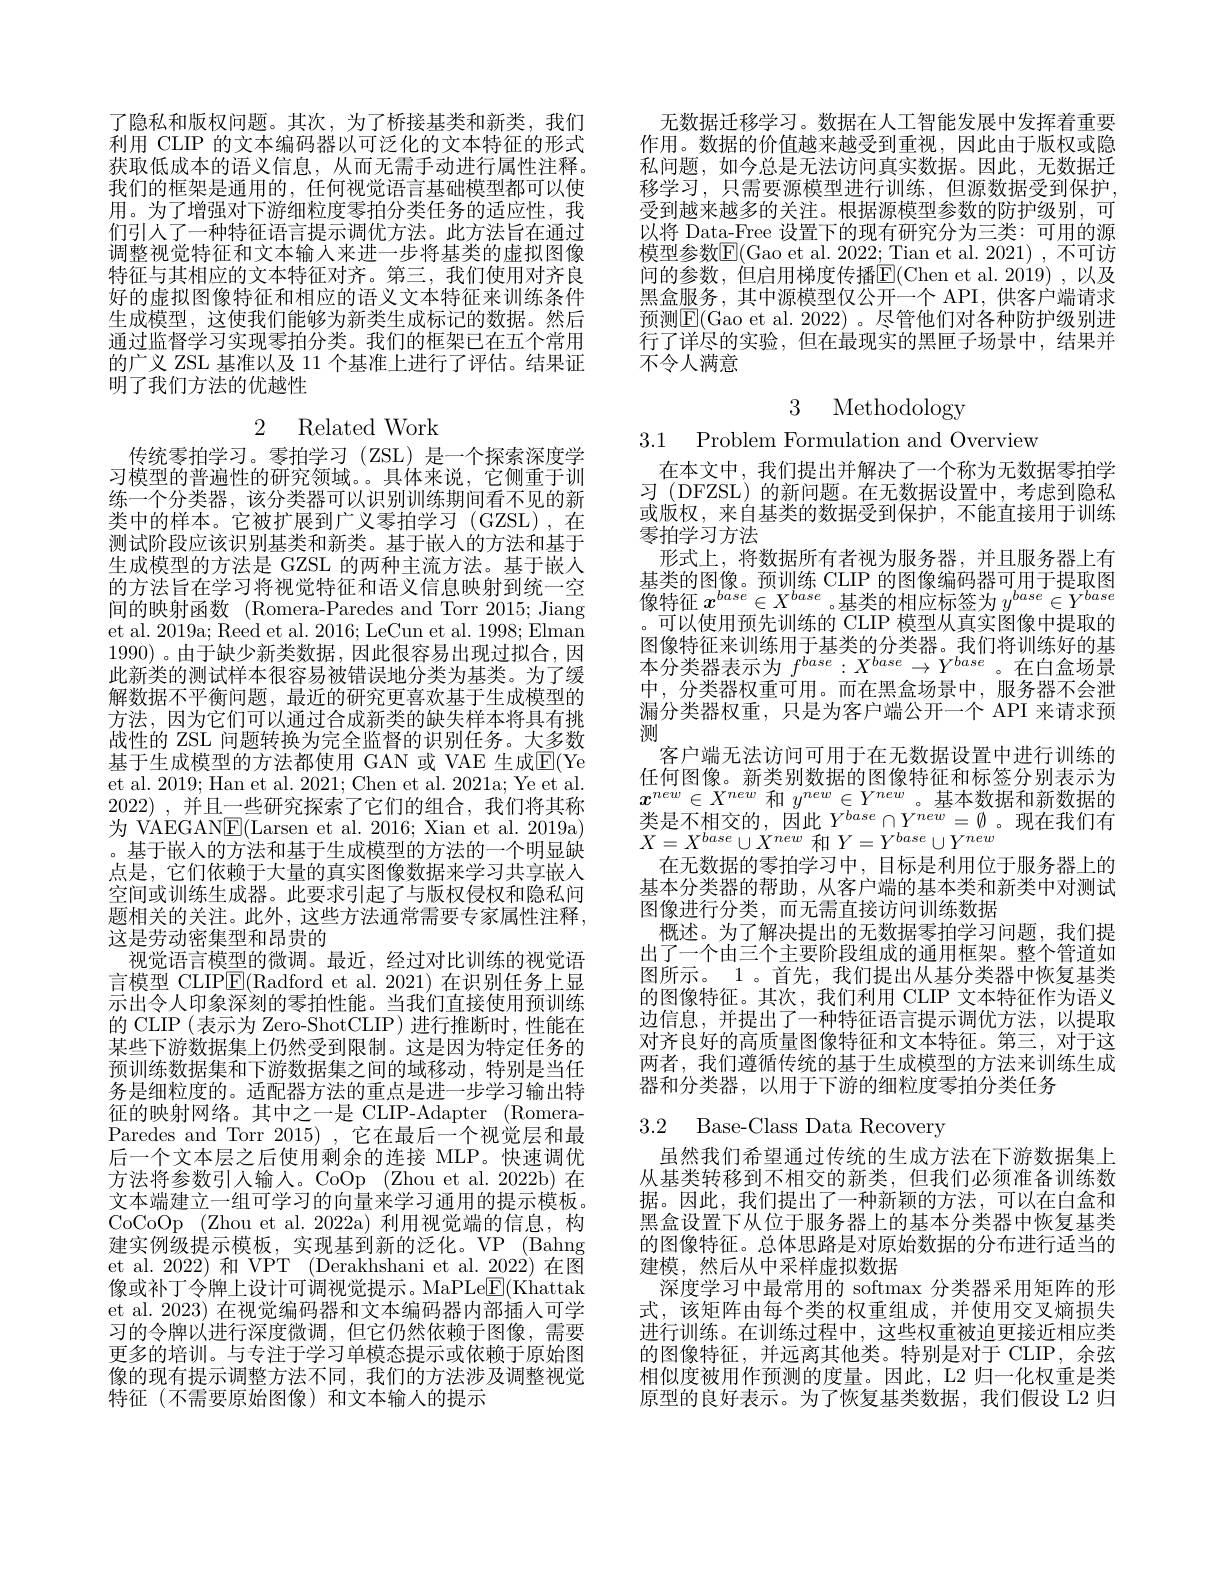
了隐私和版权问题。其次，为了桥接基类和新类，我们利用 CLIP 的文本编码器以可泛化的文本特征的形式获取低成本的语义信息，从而无需手动进行属性注释。我们的框架是通用的，任何视觉语言基础模型都可以使用。为了增强对下游细粒度零拍分类任务的适应性，我们引人了一种特征语言提示调优方法。此方法旨在通过调整视觉特征和文本输人来进一步将基类的虚拟图像特征与其相应的文本特征对齐。第三，我们使用对齐良好的虚拟图像特征和相应的语义文本特征来训练条件生成模型，这使我们能够为新类生成标记的数据。然后通过监督学习实现零拍分类。我们的框架已在五个常用的广义 ZSL 基准以及 11 个基准上进行了评估。结果证明了我们方法的优越性

# 2 Related Work

传统零拍学习。零拍学习(ZSL)是一个探索深度学习模型的普遍性的研究领域。。具体来说，它侧重于训练一个分类器，该分类器可以识别训练期间看不见的新类中的样本。它被扩展到广义零拍学习(GZSL),在测试阶段应该识别基类和新类。基于嵌入的方法和基于生成模型的方法是 GZSL 的两种主流方法。基于嵌人的方法旨在学习将视觉特征和语义信息映射到统一空间的映射函数(Romera-Paredes and Torr 2015; Jiang et al. 2019a; Reed et al. 2016; LeCun et al. 1998; Elman 1990) 。由于缺少新类数据 ,因此很容易出现过拟合，因此新类的测试样本很容易被错误地分类为基类。为了缓解数据不平衡问题，最近的研究更喜欢基于生成模型的方法，因为它们可以通过合成新类的缺失样本将具有挑战性的 ZSL 问题转换为完全监督的识别任务。大多数基于生成模型的方法都使用 GAN 或 VAE 生成$\overline{\mathrm{E}}($Ye et al. 2019; Han et al. 2021; Chen et al. 2021a; Ye et al. 2022) , 并且一些研究探索了它们的组合，我们将其称为 VAEGAN$\underline{\mathrm{E}}($Larsen et al. 2016; Xian et al. 2019a) 。基于嵌入的方法和基于生成模型的方法的一个明显缺点是，它们依赖于大量的真实图像数据来学习共享嵌人空间或训练生成器。此要求引起了与版权侵权和隐私问题相关的关注。此外，这些方法通常需要专家属性注释， 这是劳动密集型和昂贵的
视觉语言模型的微调。最近，经过对比训练的视觉语言模型 CLIP$\underline{\mathrm{E}}($Radford et al. 2021) 在识别任务上显示出令人印象深刻的零拍性能。当我们直接使用预训练的 CLIP (表示为 Zero-ShotCLIP) 进行推断时，性能在某些下游数据集上仍然受到限制。这是因为特定任务的预训练数据集和下游数据集之间的域移动，特别是当任务是细粒度的。适配器方法的重点是进一步学习输出特征的映射网络。其中之一是 CLIP-Adapter (RomeraParedes and Torr 2015) , 它在最后一个视觉层和最后一个文本层之后使用剩余的连接 MLP。快速调优方法将参数引人输入。CoOp (Zhou et al. 2022b)在文本端建立一组可学习的向量来学习通用的提示模板。CoCoOp (Zhou et al. 2022a) 利用视觉端的信息，构建实例级提示模板，实现基到新的泛化。VP (Bahng et al. 2022) 和 VPT (Derakhshani et al. 2022) 在图像或补丁令牌上设计可调视觉提示。MaPLe$\underline{\mathrm{E}}($Khattak et al. 2023) 在视觉编码器和文本编码器内部插人可学习的令牌以进行深度微调，但它仍然依赖于图像，需要更多的培训。与专注于学习单模态提示或依赖于原始图像的现有提示调整方法不同，我们的方法涉及调整视觉特征(不需要原始图像)和文本输入的提示

无数据迁移学习。数据在人工智能发展中发挥着重要作用。数据的价值越来越受到重视，因此由于版权或隐私问题，如今总是无法访问真实数据。因此，无数据迁移学习，只需要源模型进行训练，但源数据受到保护受到越来越多的关注。根据源模型参数的防护级别，可以将 Data-Free 设置下的现有研究分为三类：可用的源模型参数$\mathbb{E}($Gao et al. 2022; Tian et al. 2021), 不可访间的参数，但启用梯度传播$\overline{\mathrm{E}}($Chen et al.2019),以及黑盒服务，其中源模型仅公开一个 API, 供客户端请求预测E(Gao et al. 2022)。尽管他们对各种防护级别进行了详尽的实验，但在最现实的黑匣子场景中，结果并不令人满意

3 Methodology
3.1 Problem Formulation and Overview

在本文中，我们提出并解决了一个称为无数据零拍学习 (DFZSL) 的新问题。在无数据设置中，考虑到隐私或版权，来自基类的数据受到保护，不能直接用于训练零拍学习方法
形式上，将数据所有者视为服务器，并且服务器上有基类的图像。预训练 CLIP 的图像编码器可用于提取图像特征$x^{base}\in X^{base}$。基类的相应标签为$y^base\in Y^{base}$ 可以使用预先训练的 CLIP 模型从真实图像中提取的图像特征来训练用于基类的分类器。我们将训练好的基本分类器表示为$f^base:X^{base}\to Y^{base}$ 。在白盒场景中，分类器权重可用。而在黑盒场景中，服务器不会泄漏分类器权重，只是为客户端公开一个 API 来请求预测
客户端无法访问可用于在无数据设置中进行训练的任何图像。新类别数据的图像特征和标签分别表示为$x^{new}\in X^{new}$和$y^{new}\in Y^{new}$。基本数据和新数据的$\bar{\text{类是不相交的}},\bar{\text{因此 }Y^{base}}\cap Y^{new}=\emptyset$。现在我们有$X=X^{base}\cup X^{new}$和$Y=Y^base\cup Y^{new}$
在无数据的零拍学习中，目标是利用位于服务器上的基本分类器的帮助，从客户端的基本类和新类中对测试图像进行分类，而无需直接访问训练数据
概述。为了解决提出的无数据零拍学习问题，我们提出了一个由三个主要阶段组成的通用框架。整个管道如图所示。1 。首先，我们提出从基分类器中恢复基类的图像特征。其次，我们利用 CLIP 文本特征作为语义边信息，并提出了一种特征语言提示调优方法，以提取对齐良好的高质量图像特征和文本特征。第三，对于这两者，我们遵循传统的基于生成模型的方法来训练生成器和分类器，以用于下游的细粒度零拍分类任务

# 3.2 Base-Class Data Recovery

虽然我们希望通过传统的生成方法在下游数据集上从基类转移到不相交的新类，但我们必须准备训练数据。因此，我们提出了一种新颖的方法，可以在白盒和黑盒设置下从位于服务器上的基本分类器中恢复基类的图像特征。总体思路是对原始数据的分布进行适当的建模，然后从中采样虚拟数据
深度学习中最常用的 softmax 分类器采用矩阵的形式，该矩阵由每个类的权重组成，并使用交叉熵损失进行训练。在训练过程中，这些权重被迫更接近相应类的图像特征，并远离其他类。特别是对于 CLIP,余弦相似度被用作预测的度量。因此，L2 归一化权重是类原型的良好表示。为了恢复基类数据，我们假设 L2 归